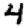
Digit: 4